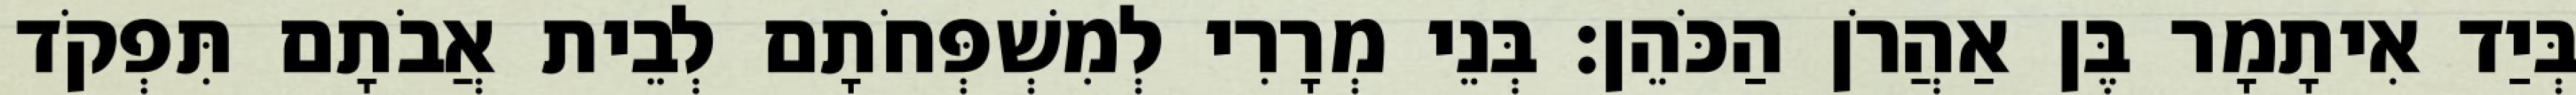
בְּיַד אִיתָמָר בֶּן אַהֲרֹן הַכֹּהֵן׃ בְּנֵי מְרָרִי לְמִשְׁפְּחֹתָם לְבֵית אֲבֹתָם תִּפְקֹד